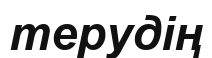
терудің